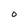
Character: O